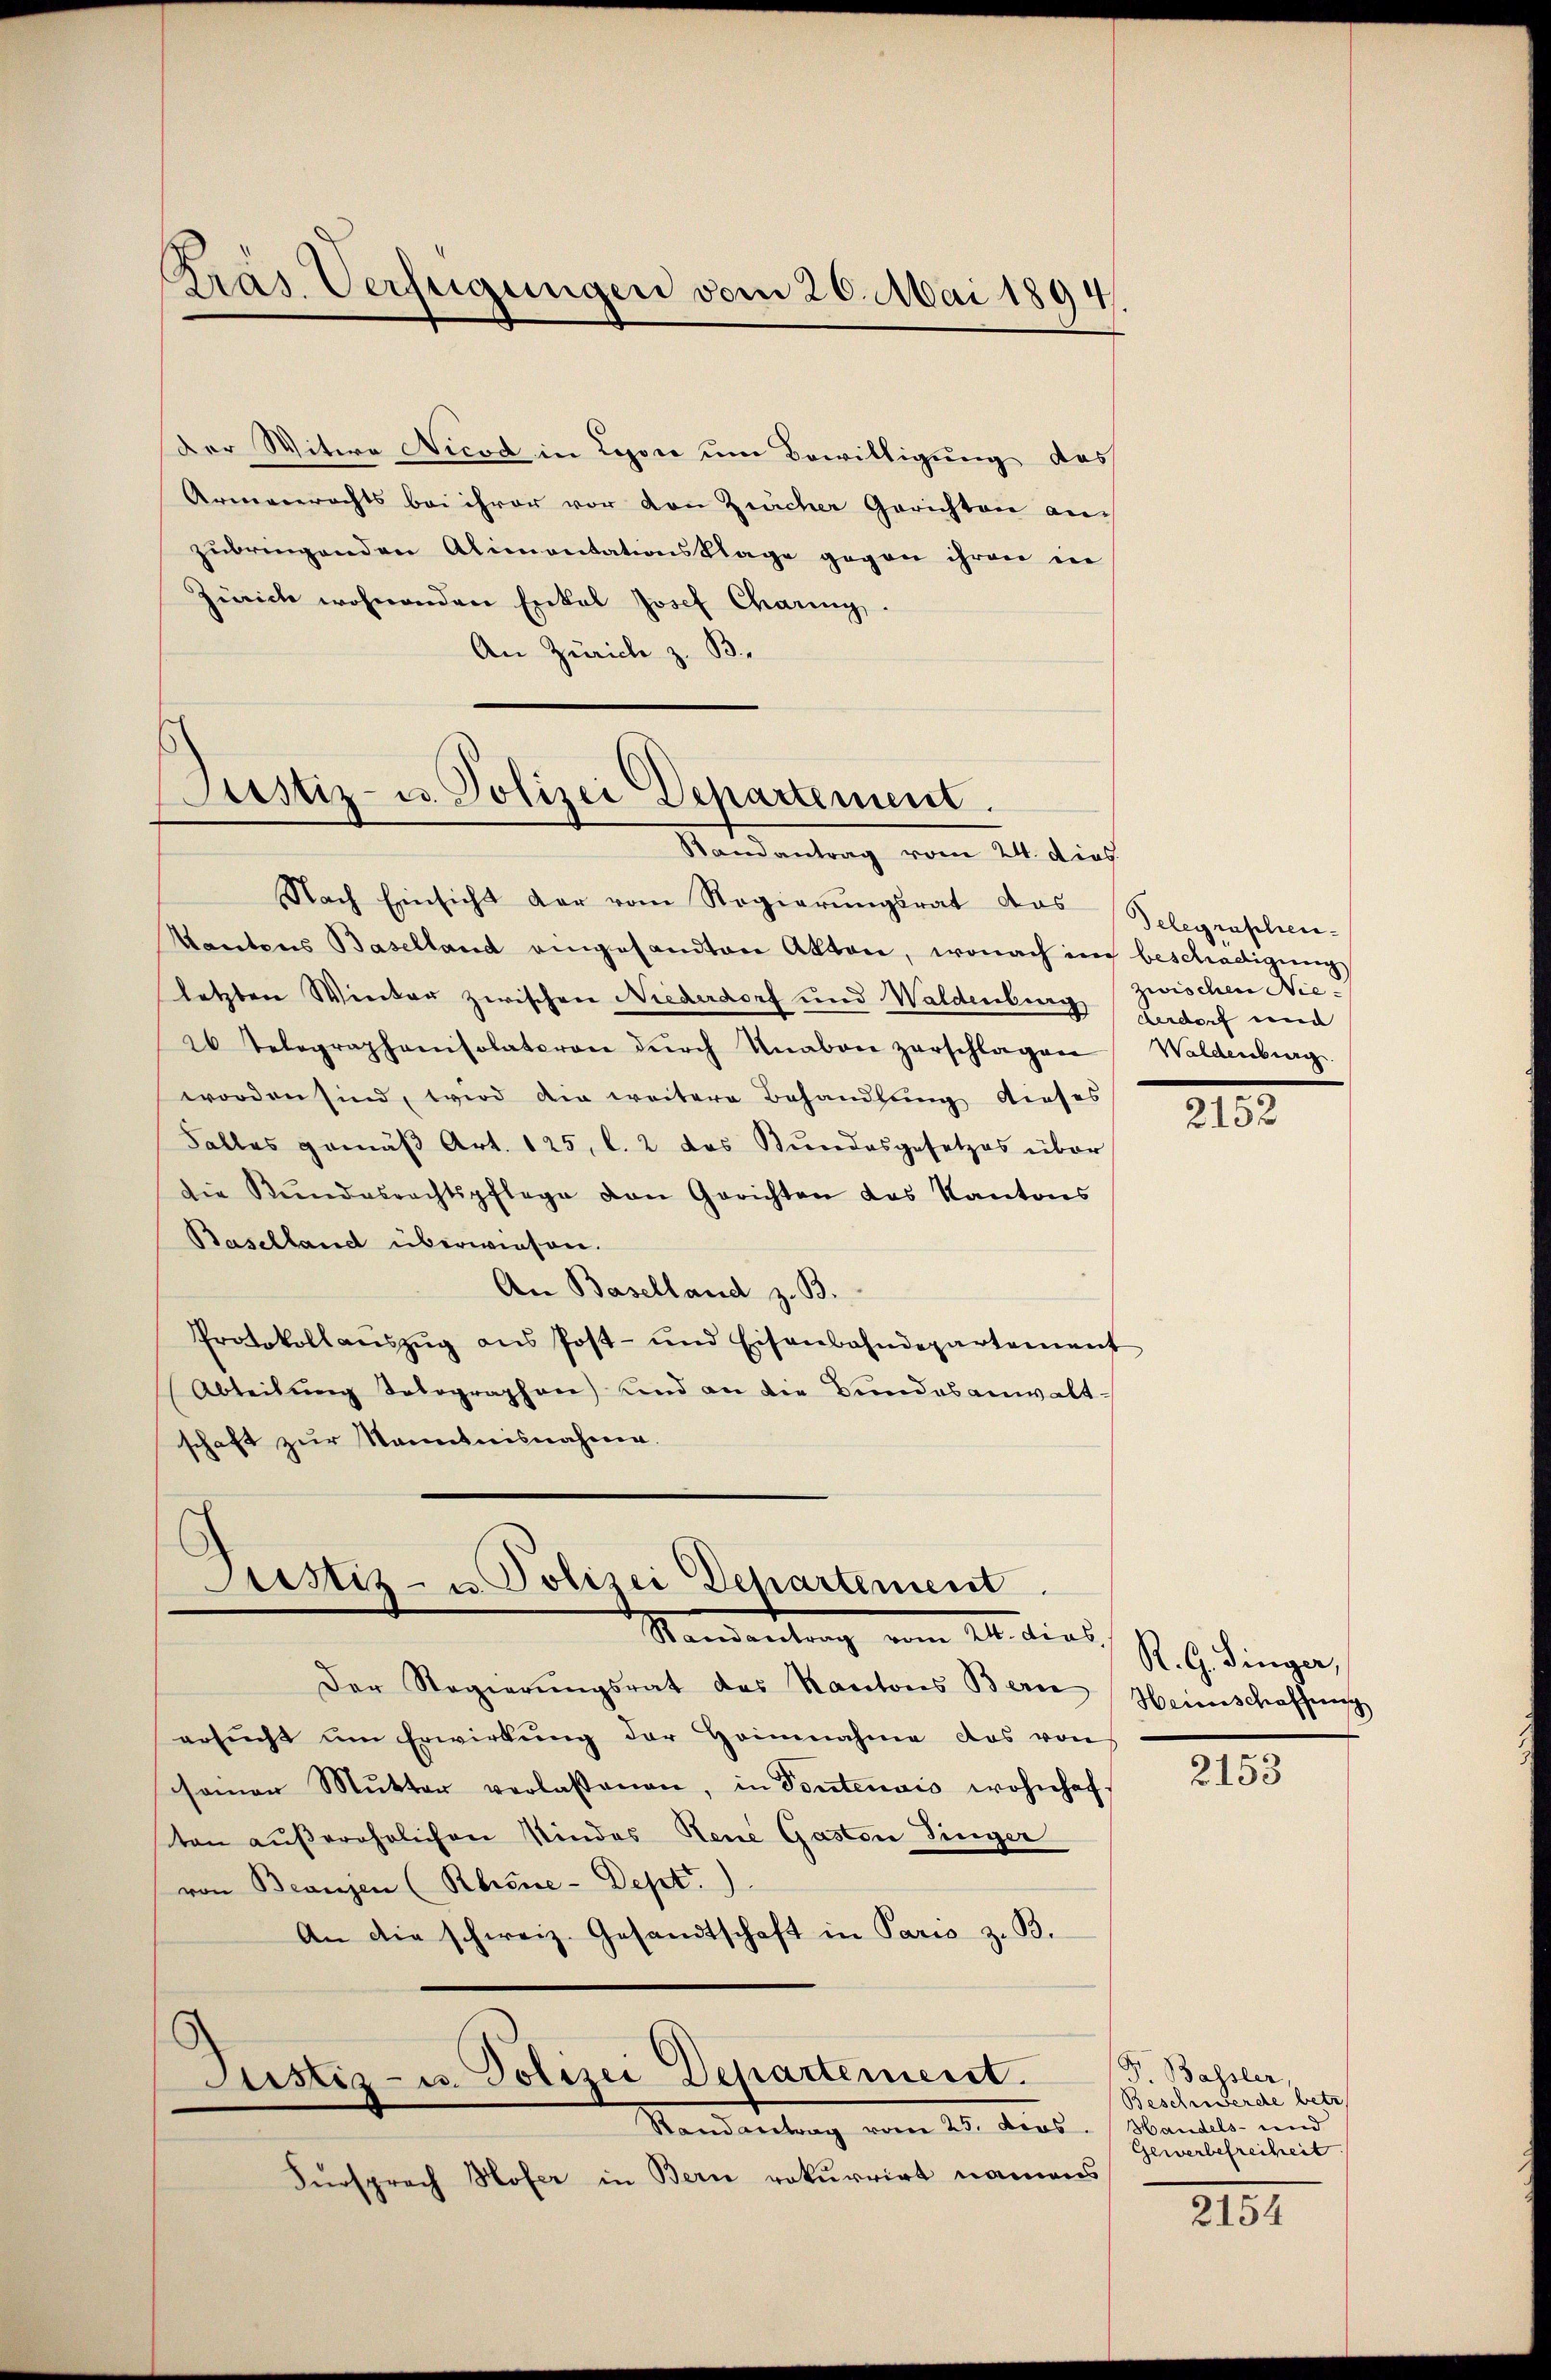
Gras Verfügungen vom 20. Mai 1894.

Der Witwe Nicod in Lyon um Bewilligung des
Armenrechts bei ihrer vor den Zürcher Gerichten anzubringenden Alimentationsklage gegen ihren in
Zürich wohnenden Enkel Josef Charing.
An Zürich z. B.

Justiz- u. Polizei Departement.
Standeutung vom 21. dies

Nach Einsicht dar vom Regierŭngsrat das Telegraphen-
Kantons Baselland eingesandten Akten, wonach in beschädigung
letzten Winter zwischen Niederdorf und Waldenburg gedoch werd
2 Telegraphamisolatoren dŭrch Unabone zerschlagen
worden sind, wird die weitere Behandlung dieses
Falles gemäβ Art. 125, l. 2 das Bŭndesgesetzes über
die Stŭndesrechtspflege den Gerichten das Kantons
Baselland überwiesen.
An Baselland z. B.
Protokollaŭszŭg ans Post- und Eisenbahndepartement
Abteilung Tolographen) und an die Bundesanwaltschaft zur Kenntnisnahmen.
Justiz- u. Polizei Departement

Standentrag vom 21. dies

Der Regierungsrat des Kantons Bere
ersucht um Erwirkung der Heinnahme das von
seiner Mŭtter verlassenen, in Toutenais wohnhaf
ten außerehrlichen Kindes Neue Gaston Finger
von Beausen (Rhine-Dept)
An die schweiz. Gesandtschaft in Paris z. B.

Justiz- u. Polizei Departement.
Stand vertrag vom 25. dens.

Fürsprach Hofer in Bern rekurrirt namens

zwischen Nie
Waldenburg

XII.

R. G. Singer,
Heimschaffung

2153

Pr. Bassler,
Beschwerde betr.
Handels- und
Gewerbefreiheit

2154